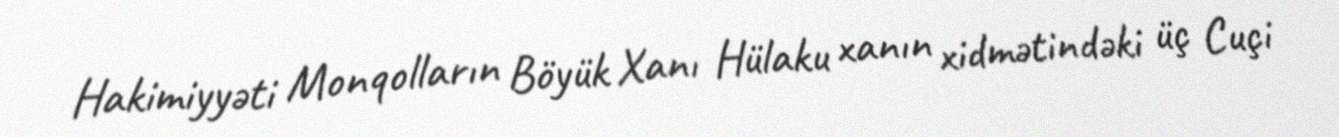
Hakimiyyəti Monqolların Böyük Xanı Hülaku xanın xidmətindəki üç Cuçi